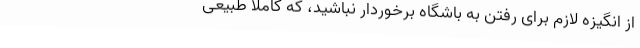
از انگیزه لازم برای رفتن به باشگاه برخوردار نباشید، که کاملا طبیعی